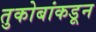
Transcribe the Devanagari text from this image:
तुकोबांकडून